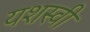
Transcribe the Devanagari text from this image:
यशस्‍वी